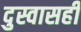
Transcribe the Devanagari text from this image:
दुस्वासही